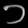
Digit: ၁